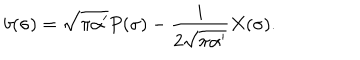
b ( \sigma ) = \sqrt { \pi \alpha ^ { \prime } } P ( \sigma ) - \frac { i } { 2 \sqrt { \pi \alpha ^ { \prime } } } X ( \sigma ) .